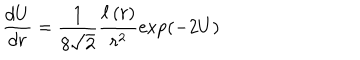
LaTeX: \frac { d U } { d r } = \frac { 1 } { 8 \sqrt { 2 } } \frac { \ell \left( r \right) } { r ^ { 2 } } \exp \left( - 2 U \right)